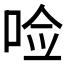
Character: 𪡋